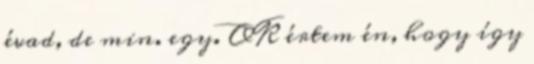
évad, de min. egy. OK értem én, hogy így